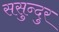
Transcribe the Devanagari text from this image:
ससुन्दुर